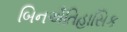
બિનઐતિહાસિક